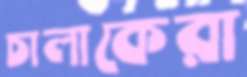
চালাকেরা